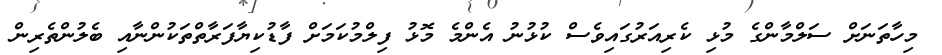
މިހާތަނަށް ސަލްމާންގެ މުޅި ކެރިއަރުގައިވެސް ކުޅުނު އެންމެ މޮޅު ފިލްމުކަމަށް ފާޑުކިޔާފަރާތްތަކުންނާއި ބެލުންތެރިން